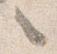
之